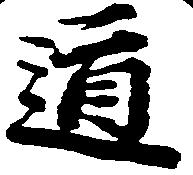
道